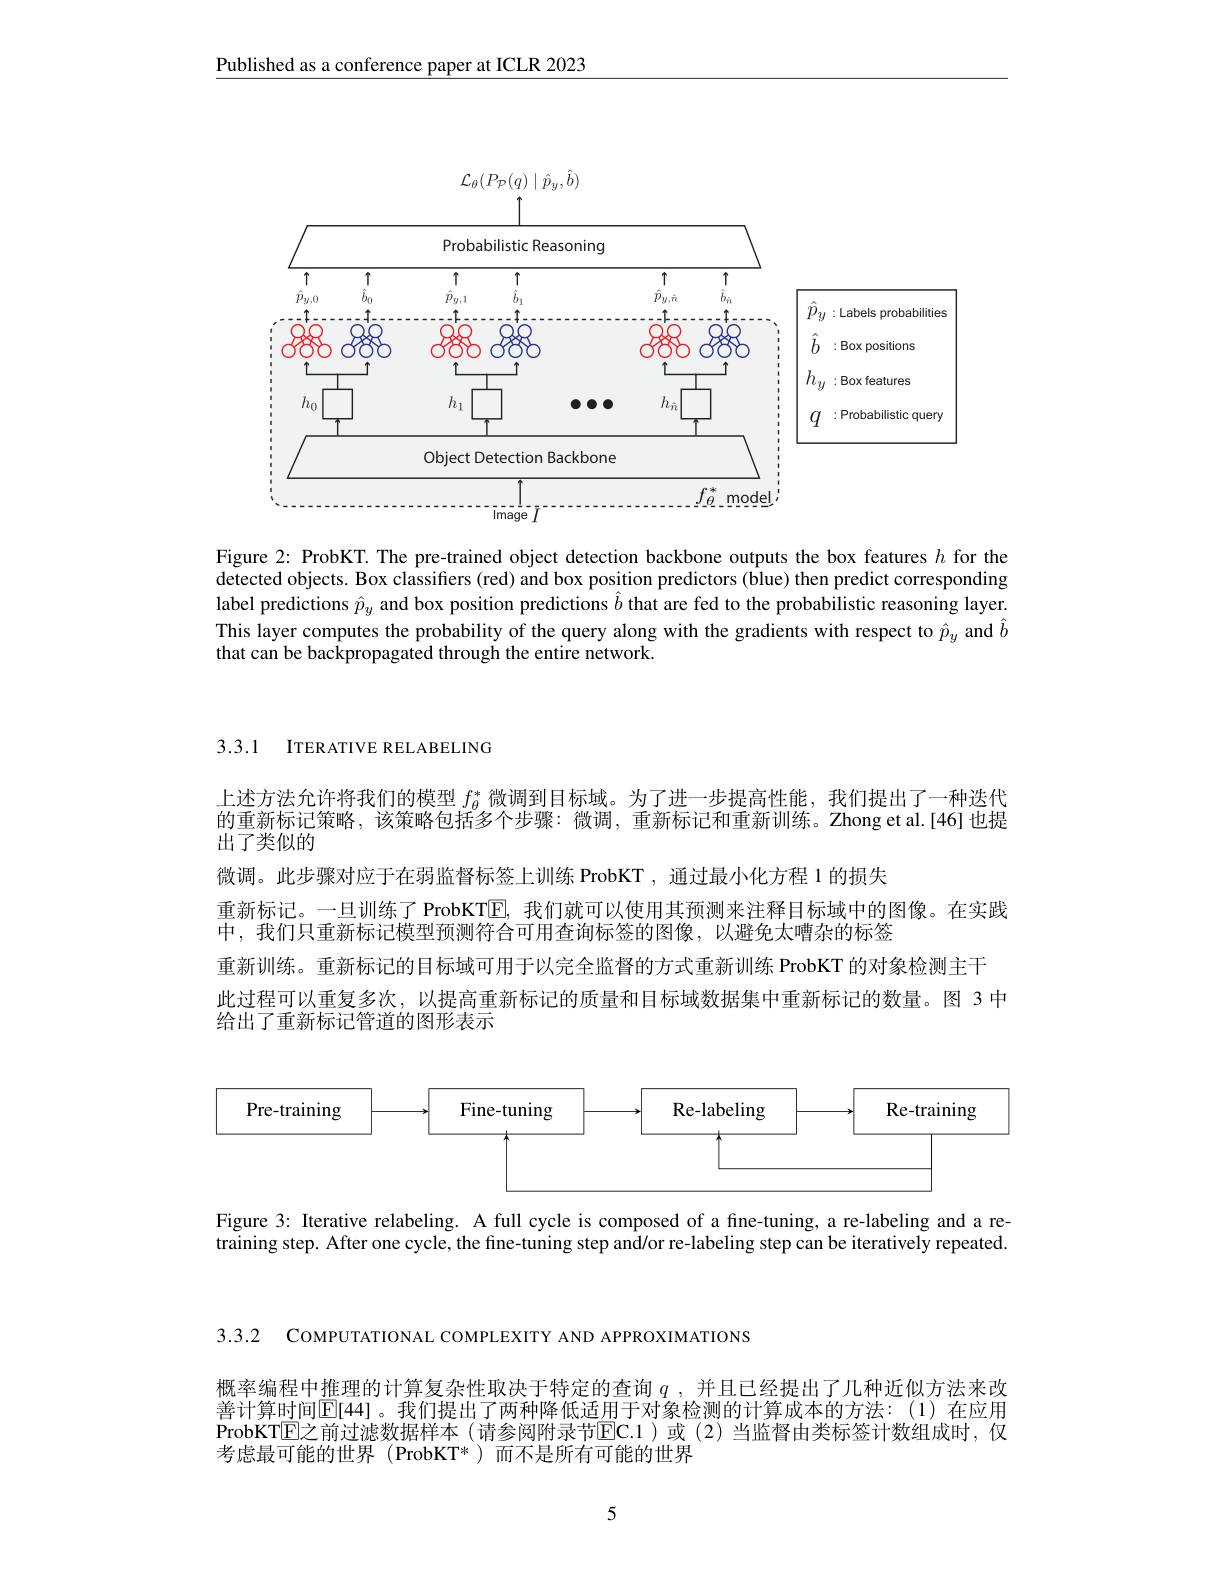
Published as a conference paper at ICLR 2023

<FigureHere>

Figure 2: ProbKT. The pre-trained object detection backbone outputs the box features $h$ for the detected objects. Box classifiers (red) and box position predictors (blue) then predict corresponding label predictions $\hat{p}_y$ and box position predictions $\hat{b}$ that are fed to the probabilistic reasoning layer. This layer computes the probability of the query along with the gradients with respect to $\hat{p}_y$ and $\hat{b}$

3.3.1 ITERATIVE RELABELING

上述方法允许将我们的模型$f_{\theta}^{*}$微调到目标域。为了进一步提高性能，我们提出了一种迭代的重新标记策略，该策略包括多个步骤：微调，重新标记和重新训练。Zhong et al.[46]也提出了类似的
微调。此步骤对应于在弱监督标签上训练 ProbKT , 通过最小化方程 1 的损失
重新标记。一旦训练了 ProbKTE, 我们就可以使用其预测来注释目标域中的图像。在实践
中，我们只重新标记模型预测符合可用查询标签的图像，以避免太嘈杂的标签
重新训练。重新标记的目标域可用于以完全监督的方式重新训练 ProbKT 的对象检测主干
此过程可以重复多次，以提高重新标记的质量和目标域数据集中重新标记的数量。图 3 中
给出了重新标记管道的图形表示

<FigureHere>

Figure 3: Iterative relabeling. A full cycle is composed of a fine-tuning, a re-labeling and a retraining step. After one cycle, the fine-tuning step and/or re-labeling step can be iteratively repeated.

3.3.2 COMPUTATIONAL COMPLEXITY AND APPROXIMATIONS

概率编程中推理的计算复杂性取决于特定的查询$q$ ,并且已经提出了几种近似方法来改善计算时间$\mathbb{E}[44]$。我们提出了两种降低适用于对象检测的计算成本的方法：(1)在应用ProbKTE之前过滤数据样本 (请参阅附录节$\overline{\mathrm{EC.1}}$ )或 (2)当监督由类标签计数组成时，仅考虑最可能的世界(ProbKT*)而不是所有可能的世界

5